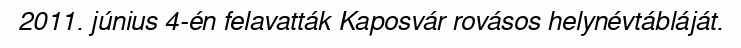
2011. június 4-én felavatták Kaposvár rovásos helynévtábláját.